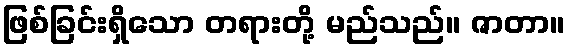
ဖြစ်ခြင်းရှိသော တရားတို့ မည်သည်။ ဇာတာ။